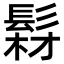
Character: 𩭘